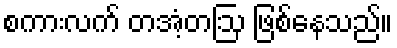
စကားလက် တအံ့တဩ ဖြစ်နေသည်။